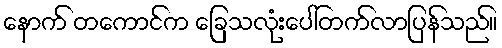
နောက် တကောင်က ခြေသလုံးပေါ်တက်လာပြန်သည်။